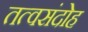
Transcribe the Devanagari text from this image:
तत्वसंदोह